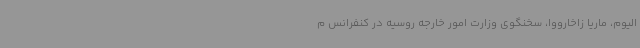
الیوم، ماریا زاخارووا، سخنگوی وزارت امور خارجه روسیه در کنفرانس م